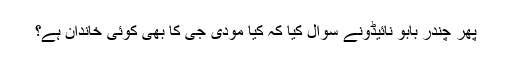
پھر چندر بابو نائیڈونے سوال کیا کہ کیا مودی جی کا بھی کوئی خاندان ہے؟